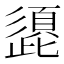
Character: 頾